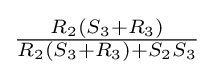
{\tfrac {R_{2}(S_{3}+R_{3})}{R_{2}(S_{3}+R_{3})+S_{2}S_{3}}}